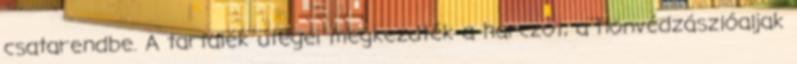
csatarendbe. A tartalék ütegei megkezdték a harczot, a honvédzászlóaljak